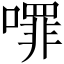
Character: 𭋈